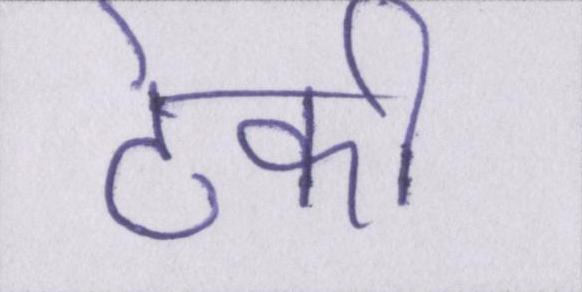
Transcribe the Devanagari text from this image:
टेकी